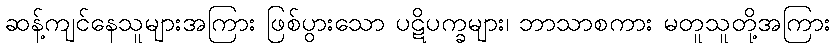
ဆန့်ကျင်နေသူများအကြား ဖြစ်ပွားသော ပဋိပက္ခများ၊ ဘာသာစကား မတူသူတို့အကြား